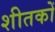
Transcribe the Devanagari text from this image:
शीतकों